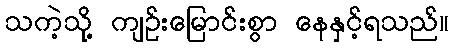
သကဲ့သို့ ကျဉ်းမြောင်းစွာ နေနှင့်ရသည်။